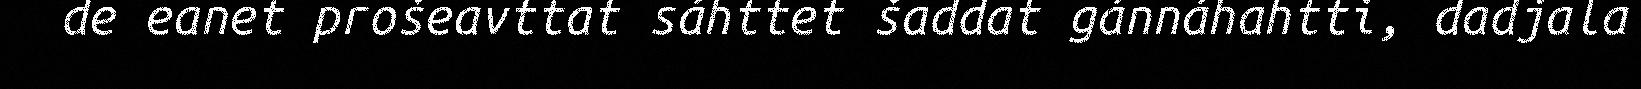
de eanet prošeavttat sáhttet šaddat gánnáhahtti, dadjala